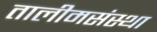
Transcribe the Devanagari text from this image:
तालीमसंस्था